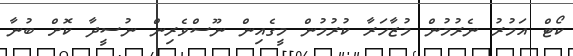
ކޯޓް އަމުރު ނެރުމުން މުޒާހަރާ ކުރުމުން މީގެއިން ނޫސްވެރިން ނުސީދާ ކޮށް ބުނާ